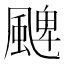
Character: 𩗫